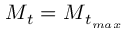
\boldsymbol { M } _ { t } = \boldsymbol { M } _ { t _ { m a x } }